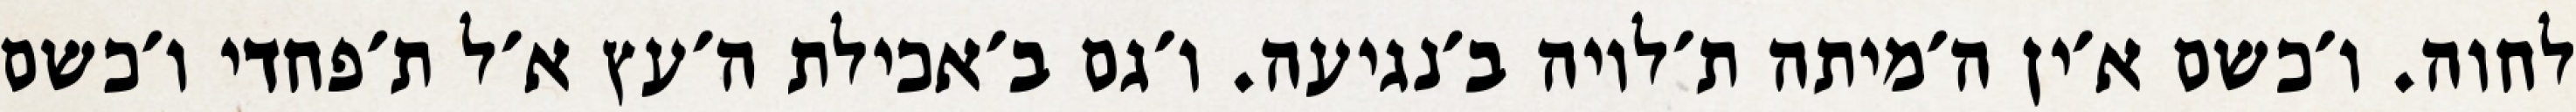
לחוה. ו׳כשם א׳ין ה׳מיתה ת׳לויה ב׳נגיעה. ו׳גם ב׳אכילת ה׳עץ א׳ל ת׳פחדי ו׳כשם